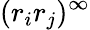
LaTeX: (r_{i}r_{j})^{\infty}